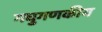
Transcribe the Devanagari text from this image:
गघुगणकीय